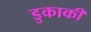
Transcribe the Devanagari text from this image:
डुकाकी